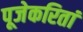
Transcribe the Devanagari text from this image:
पूजेकरितां